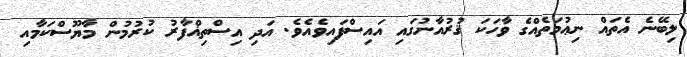
ލިބޭނެ އެތައް ނިޢުމަތެއްގެ ވާހަކަ ޤުރުއާނުގައި އައިސްފައިވެއެވެ. އަދި އިސްތިޣްފާރު ކުރުމުން މާޔޫސްކަމާއި